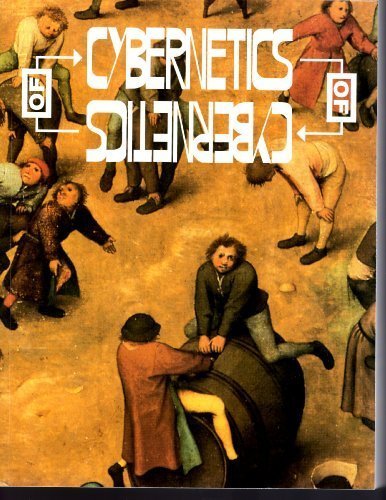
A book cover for Cybernetics of Cybernetics; Herbert Brun; Computers & Technology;